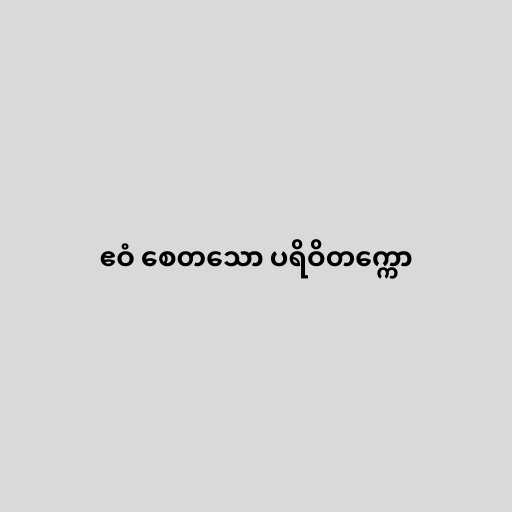
ဧဝံ စေတသော ပရိဝိတက္ကော